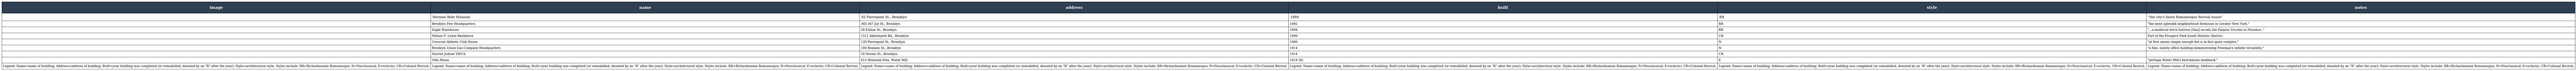
| image | name | address | built | style | notes |
 | --- | --- | --- | --- | --- | --- |
 |  | Herman Behr Mansion | 82 Pierrepont St., Brooklyn | 1889 | RR | "the city's finest Romanesque Revival house" |
 |  | Brooklyn Fire Headquarters | 365-367 Jay St., Brooklyn | 1892 | RR | "the most splendid neighborhood firehouse in Greater New York." |
 |  | Eagle Warehouse | 28 Fulton St., Brooklyn | 1894 | RR | "...a medieval brick fortress [that] recalls the Palazzo Vecchio in Florence ," |
 |  | Nelson P. Lewis Residence | 1511 Albermarle Rd., Brooklyn | 1899 | CR | Part of the Prospect Park South Historic District. |
 |  | Crescent Athletic Club House | 129 Pierrepont St., Brooklyn | 1906 | N | "at first seems simple enough but is in fact quite complex." |
 |  | Brooklyn Union Gas Company Headquarters | 180 Remsen St., Brooklyn | 1914 | N | "a fine, stately office building demonstrating Freeman's infinite versatility." |
 |  | Harriet Judson YWCA | 50 Nevins St., Brooklyn | 1914 | CR |  |
 |  | Villa Maria | 615 Montauk Hwy, Water Mill | 1919 (R) | E | "perhaps Water Mill's best-known landmark." |
 | Legend: Name=name of building; Address=address of building; Built=year building was completed (or remodelled, denoted by an "R" after the year); Style=architectural style. Styles include: RR=Richardsonian Romanesque; N=Neoclassical; E=eclectic; CR=Colonial Revival. | Legend: Name=name of building; Address=address of building; Built=year building was completed (or remodelled, denoted by an "R" after the year); Style=architectural style. Styles include: RR=Richardsonian Romanesque; N=Neoclassical; E=eclectic; CR=Colonial Revival. | Legend: Name=name of building; Address=address of building; Built=year building was completed (or remodelled, denoted by an "R" after the year); Style=architectural style. Styles include: RR=Richardsonian Romanesque; N=Neoclassical; E=eclectic; CR=Colonial Revival. | Legend: Name=name of building; Address=address of building; Built=year building was completed (or remodelled, denoted by an "R" after the year); Style=architectural style. Styles include: RR=Richardsonian Romanesque; N=Neoclassical; E=eclectic; CR=Colonial Revival. | Legend: Name=name of building; Address=address of building; Built=year building was completed (or remodelled, denoted by an "R" after the year); Style=architectural style. Styles include: RR=Richardsonian Romanesque; N=Neoclassical; E=eclectic; CR=Colonial Revival. | Legend: Name=name of building; Address=address of building; Built=year building was completed (or remodelled, denoted by an "R" after the year); Style=architectural style. Styles include: RR=Richardsonian Romanesque; N=Neoclassical; E=eclectic; CR=Colonial Revival. |